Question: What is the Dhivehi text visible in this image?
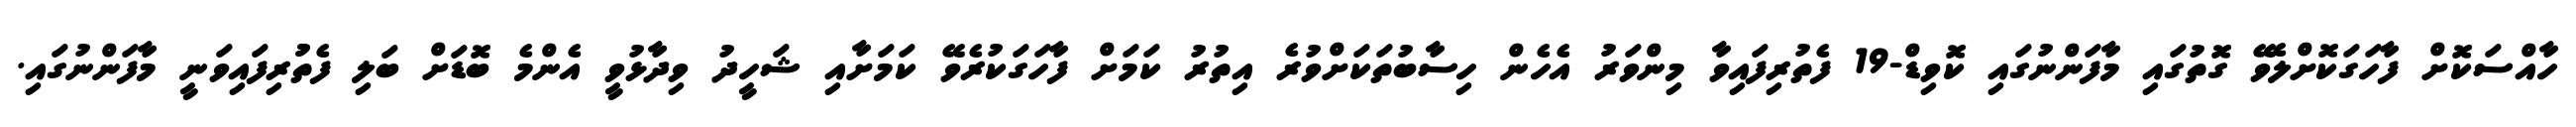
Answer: ހާއްސަކޮށް ފާހަގަކޮށްލެވޭ ގޮތުގައި މާފަންނުގައި ކޮވިޑް-19 ފެތުރިފައިވާ މިންވަރު އެހެން ހިސާބުތަކަށްވުރެ އިތުރު ކަމަށް ފާހަގަކުރެވޭ ކަމަށާއި ޝަހީދު ވިދާޅުވީ އެންމެ ބޮޑަށް ބަލި ފެތުުރިފައިވަނީ މާފަންނުގައި.